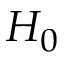
H _ { 0 }